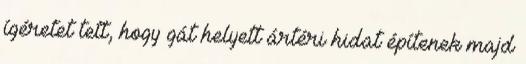
ígéretet tett, hogy gát helyett ártéri hidat építenek majd